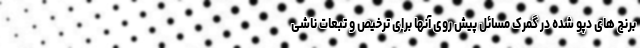
برنج های دپو شده در گمرک مسائل پیش روی آنها برای ترخیص و تبعات ناشی